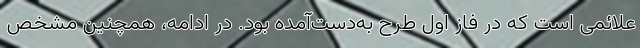
علائمی است که در فاز اول طرح به‌دست‌آمده بود. در ادامه، همچنین مشخص